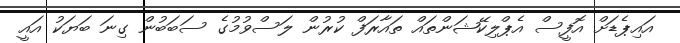
އައިޕެޑަށް އޮފީސް އެޕްލިކޭޝަންތައް ތައާރަފް ކުރުން ލަސްވުމުގެ ސަބަބުން ގިނަ ބަޔަކު އައީ